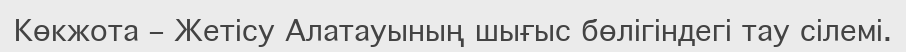
Көкжота – Жетісу Алатауының шығыс бөлігіндегі тау сілемі.